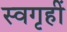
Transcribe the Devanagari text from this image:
स्वगृहीं